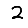
Digit: 2